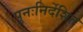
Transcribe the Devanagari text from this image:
पुनःनिर्देशित